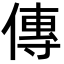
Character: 傳